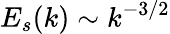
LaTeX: E_{s}(k)\sim k^{-3/2}